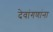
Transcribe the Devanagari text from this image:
देवांगणांना